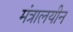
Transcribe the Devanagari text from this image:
मंत्रालयीन